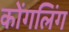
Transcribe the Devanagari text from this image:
कोंगलिंग